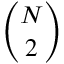
\binom { N } { 2 }